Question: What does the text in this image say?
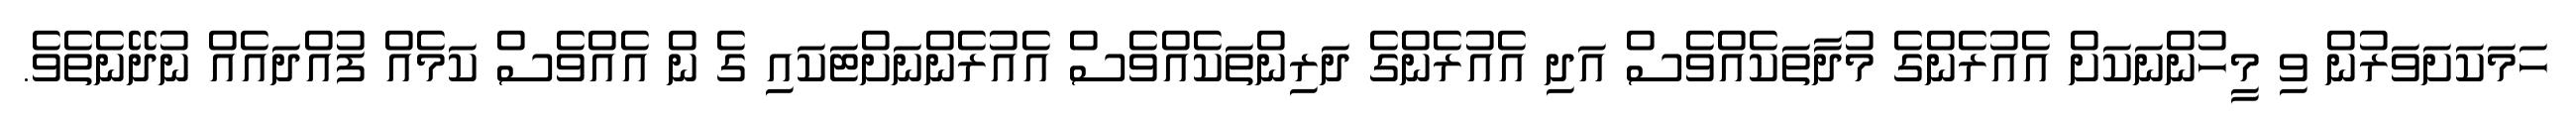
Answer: ހަމަކަށަވަރުން ވި މީހުންނަކަށް އެއުރެންގެ މުދާތަކެއްވެސް އަދި އެއުރެންގެ ދަރިންތަކެއްވެސް އެއުރެންނަށްޓަކައި ގެ ން އެއްވެސް ކަމެއް ފުއްދައެއް ނުދޭނެތެވެ.